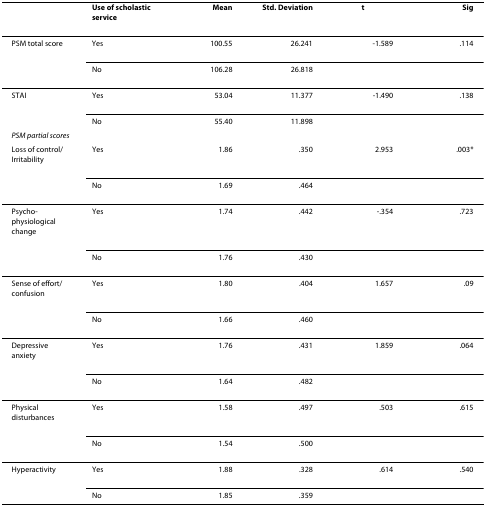
<table><thead><tr><td></td><td><b>Use of scholastic service</b></td><td><b>Mean</b></td><td><b>Std. Deviation</b></td><td><b>t</b></td><td><b>Sig</b></td></tr></thead><tbody><tr><td>PSM total score</td><td>Yes</td><td>100.55</td><td>26.241</td><td>-1.589</td><td>.114</td></tr><tr><td></td><td>No</td><td>106.28</td><td>26.818</td><td></td><td></td></tr><tr><td>STAI</td><td>Yes</td><td>53.04</td><td>11.377</td><td>-1.490</td><td>.138</td></tr><tr><td></td><td>No</td><td>55.40</td><td>11.898</td><td></td><td></td></tr><tr><td colspan="2"><i>PSM partial scores</i></td><td></td><td></td><td></td><td></td></tr><tr><td>Loss of control/Irritability</td><td>Yes</td><td>1.86</td><td>.350</td><td>2.953</td><td>.003*</td></tr><tr><td></td><td>No</td><td>1.69</td><td>.464</td><td></td><td></td></tr><tr><td>Psycho-physiological change</td><td>Yes</td><td>1.74</td><td>.442</td><td>-.354</td><td>.723</td></tr><tr><td></td><td>No</td><td>1.76</td><td>.430</td><td></td><td></td></tr><tr><td>Sense of effort/confusion</td><td>Yes</td><td>1.80</td><td>.404</td><td>1.657</td><td>.09</td></tr><tr><td></td><td>No</td><td>1.66</td><td>.460</td><td></td><td></td></tr><tr><td>Depressive anxiety</td><td>Yes</td><td>1.76</td><td>.431</td><td>1.859</td><td>.064</td></tr><tr><td></td><td>No</td><td>1.64</td><td>.482</td><td></td><td></td></tr><tr><td>Physical disturbances</td><td>Yes</td><td>1.58</td><td>.497</td><td>.503</td><td>.615</td></tr><tr><td></td><td>No</td><td>1.54</td><td>.500</td><td></td><td></td></tr><tr><td>Hyperactivity</td><td>Yes</td><td>1.88</td><td>.328</td><td>.614</td><td>.540</td></tr><tr><td></td><td>No</td><td>1.85</td><td>.359</td><td></td><td></td></tr></tbody></table>